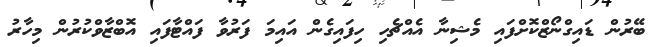
ބޭރުން ޑައިގްނޯޒްކޮށްފައި މެޝިނާ އެއްޗެހި ހިފައިގެން އައިމަ ފަރުވާ ފައްޓާފައި އޮބްޒާވްކުރުން މިހާރު